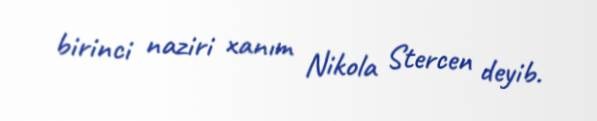
birinci naziri xanım Nikola Stercen deyib.